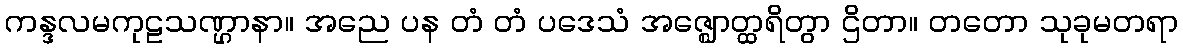
ကန္ဒလမကုဠသဏ္ဌာနာ။ အညေ ပန တံ တံ ပဒေသံ အဇ္ဈောတ္ထရိတွာ ဌိတာ။ တတော သုခုမတရာ